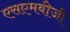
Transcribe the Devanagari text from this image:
एसएमबीजी